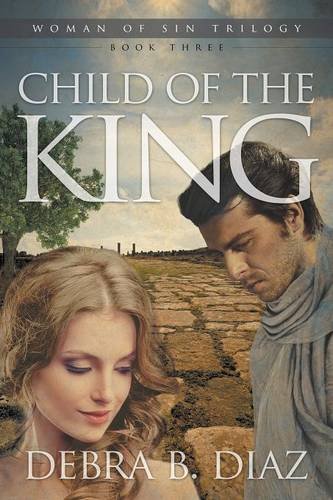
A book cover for Child of the King, Book Three in the Woman of Sin Trilogy; Debra B. Diaz; Romance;